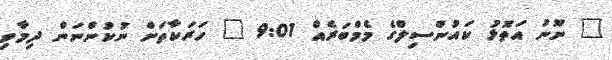
" ނޫނު އަތޮޅު ކައުންސިލްގެ މެމްބަރެއް 9:01 " ހަރަކާތަށް ނުކުންނަން ދިމާވި